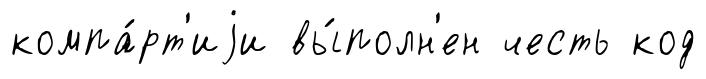
компа́рт'иjи вы́полн'ен честь код